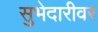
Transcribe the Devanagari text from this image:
सुभेदारीवर